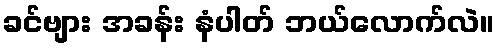
ခင်ဗျား အခန်း နံပါတ် ဘယ်လောက်လဲ။